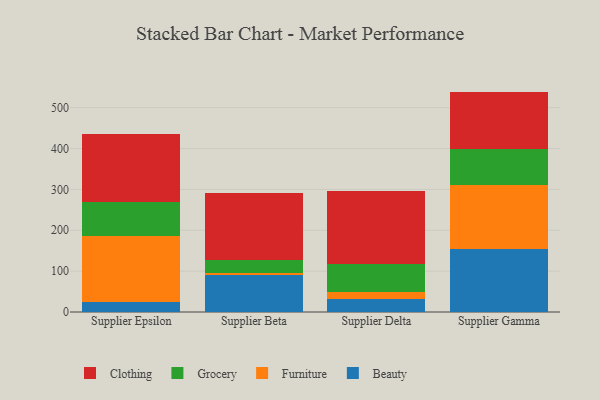
{"axis": {"x": "Supplier", "y": "Backlog"}, "legend": ["Beauty", "Clothing", "Furniture", "Grocery"], "data": [{"x": "Supplier Epsilon", "y": 25.0, "type": "Beauty"}, {"x": "Supplier Epsilon", "y": 162.1, "type": "Furniture"}, {"x": "Supplier Epsilon", "y": 82.1, "type": "Grocery"}, {"x": "Supplier Epsilon", "y": 165.8, "type": "Clothing"}, {"x": "Supplier Beta", "y": 90.5, "type": "Beauty"}, {"x": "Supplier Beta", "y": 6.1, "type": "Furniture"}, {"x": "Supplier Beta", "y": 31.5, "type": "Grocery"}, {"x": "Supplier Beta", "y": 163.2, "type": "Clothing"}, {"x": "Supplier Delta", "y": 31.8, "type": "Beauty"}, {"x": "Supplier Delta", "y": 17.9, "type": "Furniture"}, {"x": "Supplier Delta", "y": 68.2, "type": "Grocery"}, {"x": "Supplier Delta", "y": 179.3, "type": "Clothing"}, {"x": "Supplier Gamma", "y": 155.0, "type": "Beauty"}, {"x": "Supplier Gamma", "y": 156.6, "type": "Furniture"}, {"x": "Supplier Gamma", "y": 87.6, "type": "Grocery"}, {"x": "Supplier Gamma", "y": 140.2, "type": "Clothing"}]}